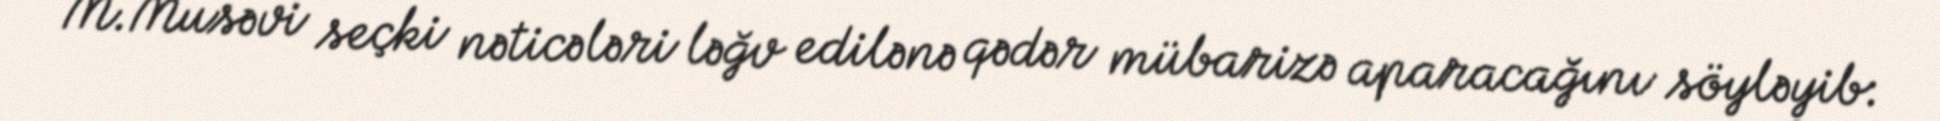
M.Musəvi seçki nəticələri ləğv edilənə qədər mübarizə aparacağını söyləyib: